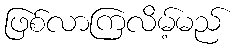
ဖြစ်လာကြလိမ့်မည်